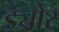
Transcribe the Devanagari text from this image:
ड्योर